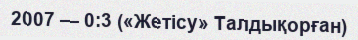
2007 — 0:3 («Жетісу» Талдықорған)